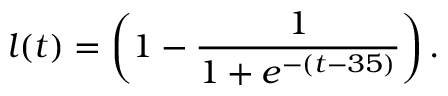
l ( t ) = \left( 1 - \frac { 1 } { 1 + e ^ { - ( t - 3 5 ) } } \right) .